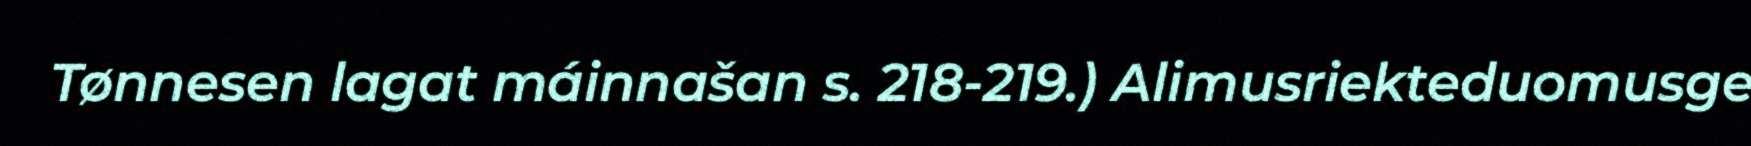
Tønnesen lagat máinnašan s. 218-219.) Alimusriekteduomusge